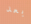
بعد